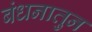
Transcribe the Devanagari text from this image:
बंधनातुन